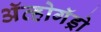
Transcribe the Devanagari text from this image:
अॅव्होगॅड्रो